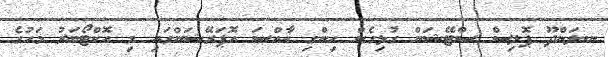
ނ.ލަންދޫ ޕޮލިސް ސްޓޭޝަން ގުޅިގެން ހިންގި ޚާއްސަ އޮޕަރޭޝަންގައި މި އޮކްޓޯބަރު މަހުގެ